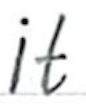
Text: it
Cross-out: clean
Writing tool: ballpoint